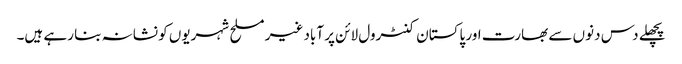
پچھلے دس دنوں سے بھارت اور پاکستان کنٹرول لائن پر آباد غیر مسلح شہریوں کو نشانہ بنا رہے ہیں۔